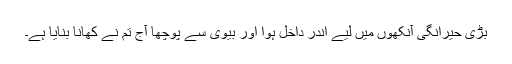
بڑی حیرانگی آنکھوں میں لیے اندر داخل ہوا اور بیوی سے پوچھا آج تم نے کھانا بنایا ہے۔